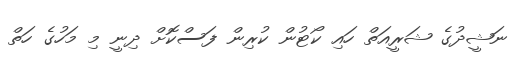
ނަޝީދުގެ ޝަރީއަތް ހައި ކޯޓުން ކުރިން ފަސްކޮށް ދިނީ މި މަހުގެ ހަތް